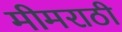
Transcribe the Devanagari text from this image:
मीमराठी